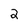
Character: 2